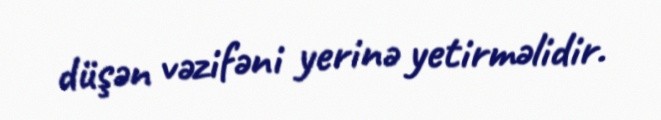
düşən vəzifəni yerinə yetirməlidir.